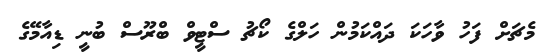
މެޗަށް ފަހު ވާހަކަ ދައްކަމުން ހަލްގެ ކޯޗު ސްޓީވް ބްރޫސް ބުނީ ޑިއާމޭގެ